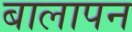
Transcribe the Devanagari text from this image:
बालापन